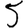
Digit: 5